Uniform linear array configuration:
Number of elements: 8
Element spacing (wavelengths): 1
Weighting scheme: kaiser
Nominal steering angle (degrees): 15
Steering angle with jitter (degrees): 15.346
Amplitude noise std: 0.05
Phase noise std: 0.05

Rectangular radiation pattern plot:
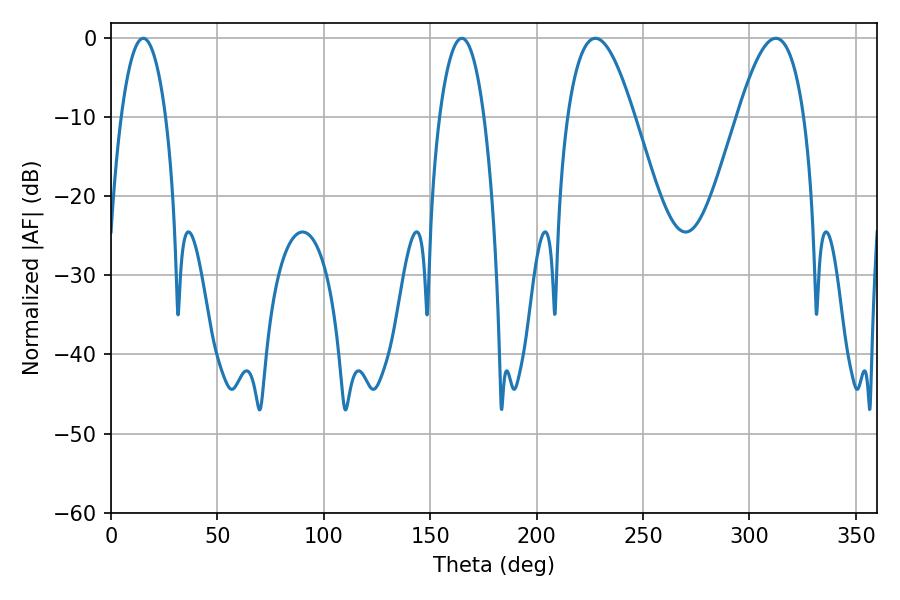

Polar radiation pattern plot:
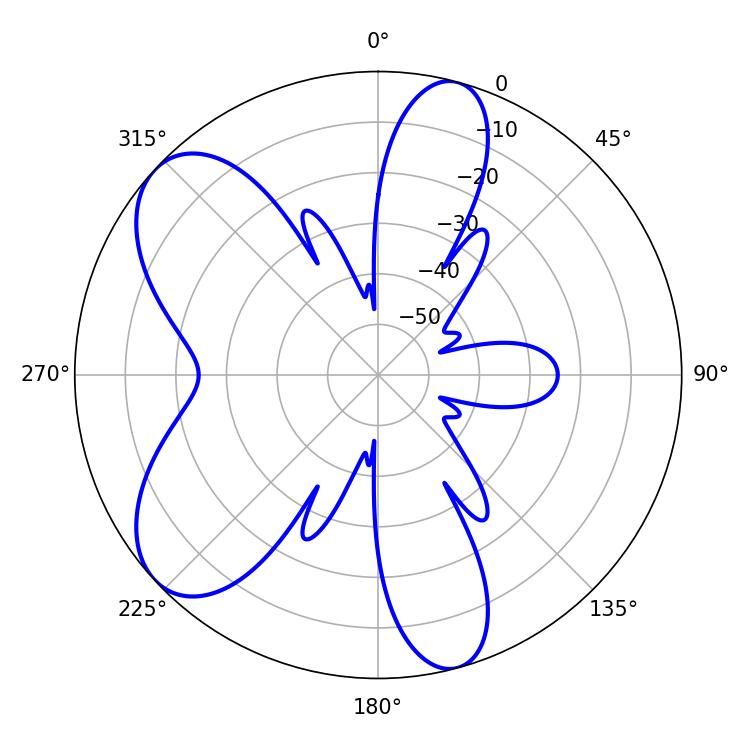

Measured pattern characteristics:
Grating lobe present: TRUE
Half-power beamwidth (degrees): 11.7
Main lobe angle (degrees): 164.88